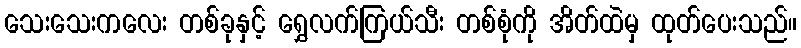
သေးသေးကလေး တစ်ခုနှင့် ရွှေလက်ကြယ်သီး တစ်စုံကို အိတ်ထဲမှ ထုတ်ပေးသည်။